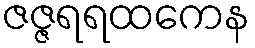
ဇဇ္ဇရရထကေန